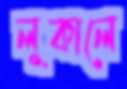
লুকালে